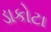
ડાકોટા